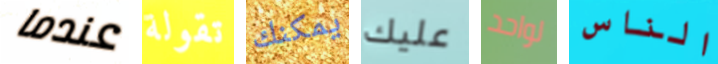
عندما تقولة يمكنك عليك لواحد الناس